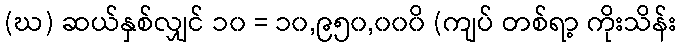
(ဃ) ဆယ်နှစ်လျှင် ၁၀ = ၁၀,၉၅၀,၀၀၀ိ (ကျပ် တစ်ရာ့ ကိုးသိန်း